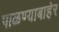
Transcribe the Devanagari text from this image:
पाळण्याबाहेर